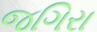
જગિરા